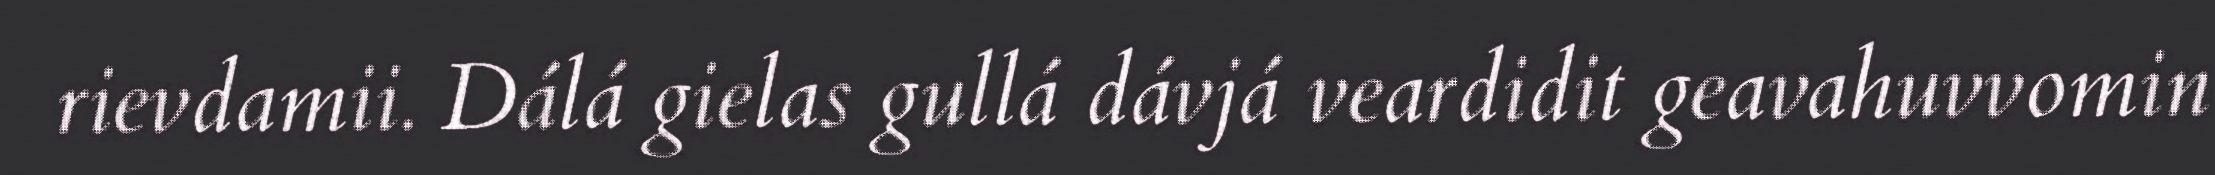
rievdamii. Dálá gielas gullá dávjá veardidit geavahuvvomin